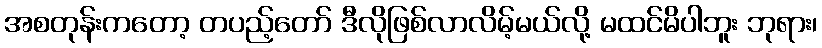
အစတုန်းကတော့ တပည့်တော် ဒီလိုဖြစ်လာလိမ့်မယ်လို့ မထင်မိပါဘူး ဘုရား၊